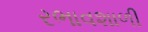
રભાવશાળી